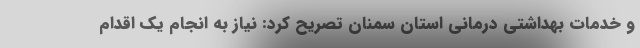
و خدمات بهداشتی درمانی استان سمنان تصریح کرد: نیاز به انجام یک اقدام